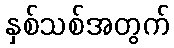
နှစ်သစ်အတွက်